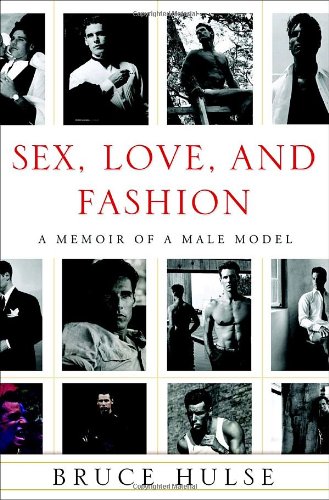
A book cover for Sex, Love, and Fashion: A Memoir of a Male Model; Bruce Hulse; Arts & Photography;